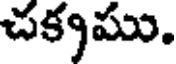
చక్కము.